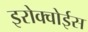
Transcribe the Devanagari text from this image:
इरोक्वोईस